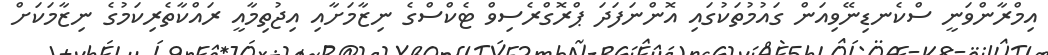
އިމްރާންވަނީ ސްކެނޑިނޭވިއަން ގައުމުތަކުގައި އޮންނަފަދަ ޕްރޮގްރެސިވް ޓެކްސްގެ ނިޒާމަށާއި އިޖުތިމާއީ ރައްކާތެރިކަމުގެ ނިޒާމަކަށް